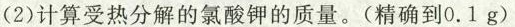
(2)计算受热分解的氯酸钾的质量。(精确到0.1g)